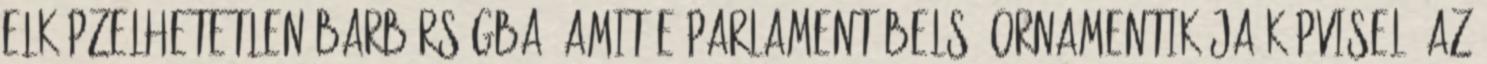
elképzelhetetlen barbárságba, amit e parlament belső ornamentikája képvisel. Az